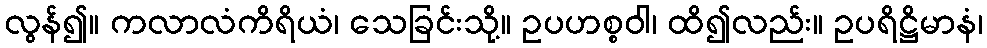
လွန်၍။ ကလာလံကိရိယံ၊ သေခြင်းသို့။ ဥပဟစ္စဝါ၊ ထိ၍လည်း။ ဥပရိဋ္ဌိမာနံ၊